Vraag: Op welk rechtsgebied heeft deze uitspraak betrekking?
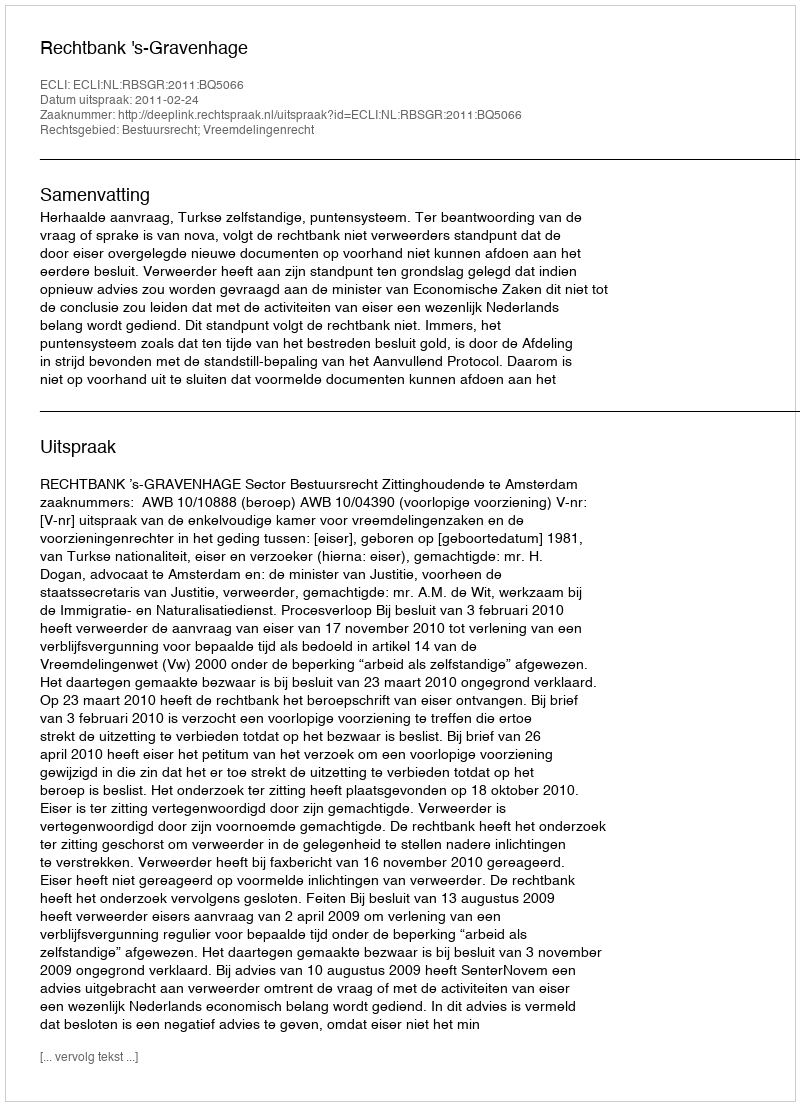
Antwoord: Bestuursrecht; Vreemdelingenrecht